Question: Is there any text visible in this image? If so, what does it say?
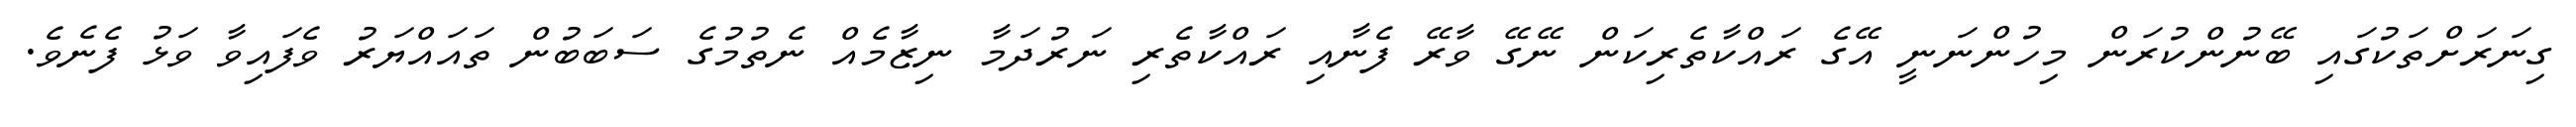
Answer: ގިނަރަށްތަކުގައި ބޭނުންކުރަން މިހުންނަނީ އޭގެ ރައްކާތެރިކަން ނޭގޭ ވާރޭ ފެނާއި ރައްކާތެރި ނަރުދަމާ ނިޒާމެއް ނެތުމުގެ ސަބަބުން ތައައްޔަރު ވެފައިވާ ވަޅު ފެނެވެ.